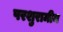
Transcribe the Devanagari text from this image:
परशुरामीय